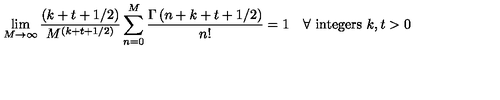
\lim _ { M \rightarrow \infty } { \frac { ( k + t + 1 / 2 ) } { M ^ { ( k + t + 1 / 2 ) } } } \sum _ { n = 0 } ^ { M } { \frac { \Gamma \left( n + k + t + 1 / 2 \right) } { n ! } } = 1 \quad \forall \ \mathrm { i n t e g e r s } \ k , t > 0